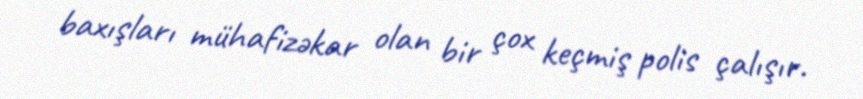
baxışları mühafizəkar olan bir çox keçmiş polis çalışır.